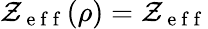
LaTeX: \mathcal{Z}_{\mathrm{{~e~f~f~}}}(\rho)=\mathcal{Z}_{\mathrm{{~e~f~f~}}}